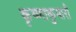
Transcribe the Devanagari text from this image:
कृष्णाकुमारी